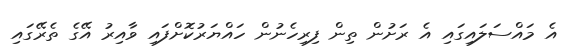
އެ މައްސަލައިގައި އެ ރަށުން ތިން ފިރިހެނުން ހައްޔަރުކޮށްފައި ވާއިރު އޭގެ ތެރޭގައި